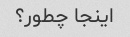
اینجا چطور؟